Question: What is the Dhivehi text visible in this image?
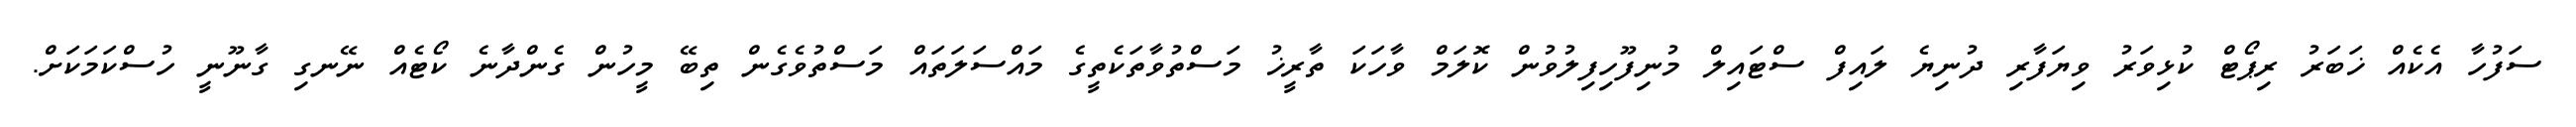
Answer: ސަފުހާ އެކެއް ޚަބަރު ރިޕޯޓް ކުޅިވަރު ވިޔަފާރި ދުނިޔެ ލައިފް ސްޓައިލް މުނިފޫހިފިލުވުން ކޮލަމް ވާހަކަ ތާރީޚު މަސްތުވާތަކެތީގެ މައްސަލަތައް މަސްތުވެގެން ތިބޭ މީހުން ގެންދާނެ ކޯޓެއް ނޭނގި ގާނޫނީ ހުސްކަމަކަށް.